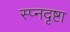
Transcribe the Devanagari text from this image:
स्प्नदृष्टा